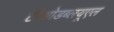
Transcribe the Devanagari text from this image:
टीओडब्लयूएल